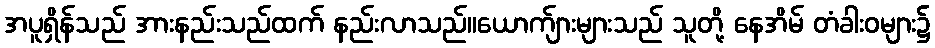
အပူရှိန်သည် အားနည်းသည်ထက် နည်းလာသည်။ယောက်ျားများသည် သူတို့ နေအိမ် တံခါးဝများ၌